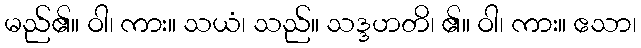
မည်၏။ ဝါ၊ ကား။ သယံ၊ သည်။ သဒ္ဒဟတိ၊ ၏။ ဝါ၊ ကား။ ဧသာ၊